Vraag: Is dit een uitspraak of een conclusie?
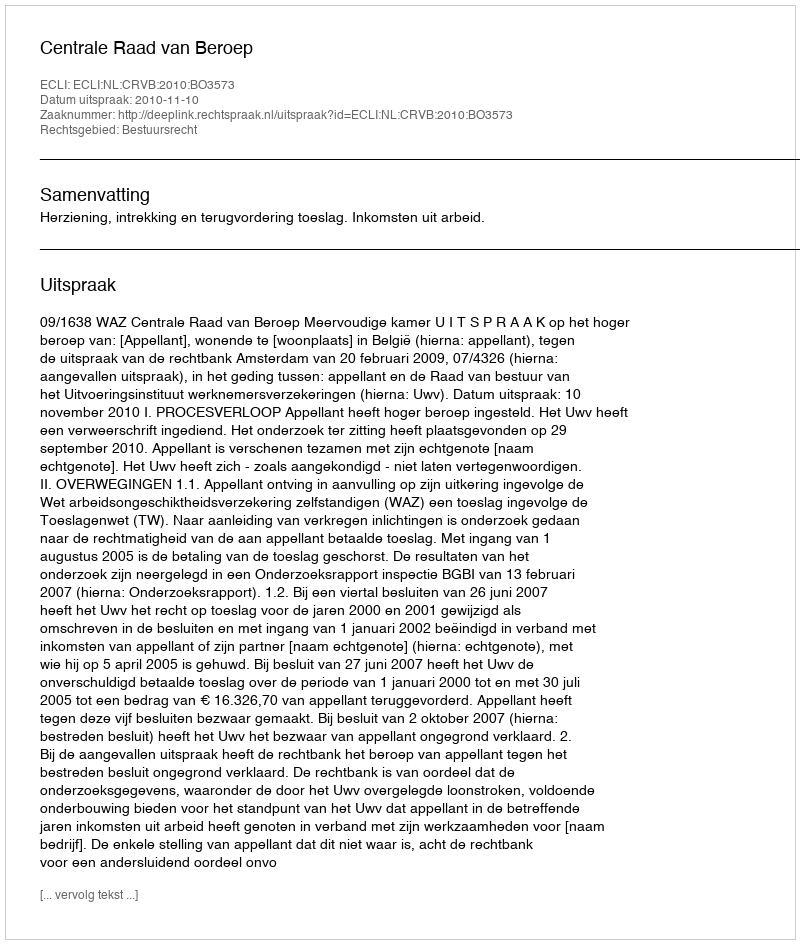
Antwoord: Uitspraak